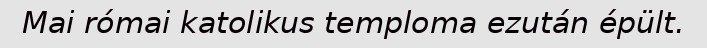
Mai római katolikus temploma ezután épült.